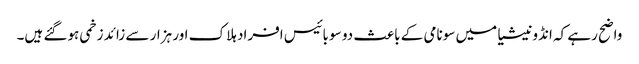
واضح رہے کہ انڈونیشیا میں سونامی کے باعث دو سو بائیس افراد ہلاک اور ہزار سے زائد زخمی ہوگئے ہیں۔